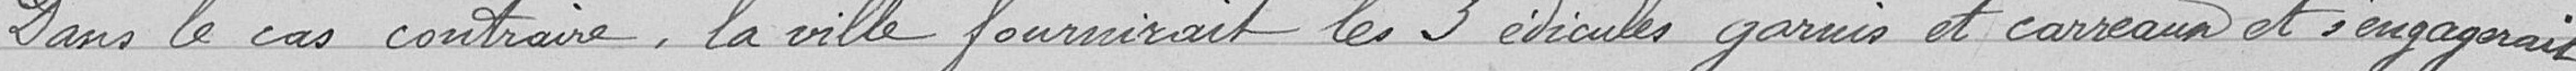
Dans le cas contraire, la ville fournirait les  édicules garnis et carreaux et s'engagerait